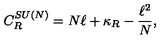
C _ { R } ^ { S U ( N ) } = N \ell + \kappa _ { R } - { \frac { \ell ^ { 2 } } { N } } ,